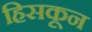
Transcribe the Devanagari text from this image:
हिसकून